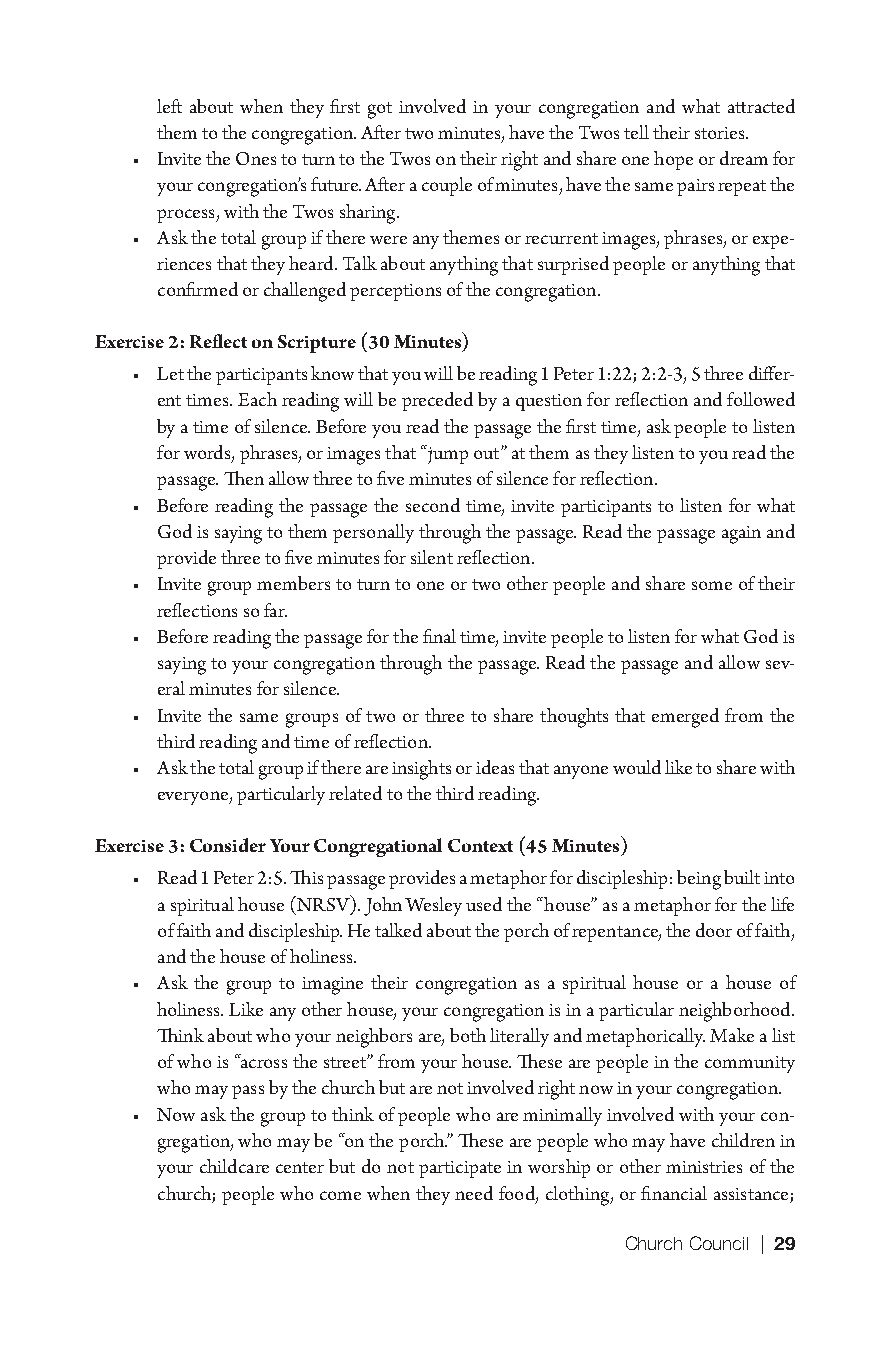
left about when they first got involved in your congregation and what attracted
 them to the congregation. After two minutes, have the Twos tell their stories.
 • Invite the Ones to turn to the Twos on their right and share one hope or dream for
 your congregation’s future. After a couple of minutes, have the same pairs repeat the
 process, with the Twos sharing.
 • Ask the total group if there were any themes or recurrent images, phrases, or expe-
 riences that they heard. Talk about anything that surprised people or anything that
 confirmed or challenged perceptions of the congregation.
 Exercise 2: Reflect on Scripture (30 Minutes)
 • Let the participants know that you will be reading 1 Peter 1:22; 2:2-3, 5 three differ-
 ent times. Each reading will be preceded by a question for reflection and followed
 by a time of silence. Before you read the passage the first time, ask people to listen
 for words, phrases, or images that “jump out” at them as they listen to you read the
 passage. Then allow three to five minutes of silence for reflection.
 • Before reading the passage the second time, invite participants to listen for what
 God is saying to them personally through the passage. Read the passage again and
 provide three to five minutes for silent reflection.
 • Invite group members to turn to one or two other people and share some of their
 reflections so far.
 • Before reading the passage for the final time, invite people to listen for what God is
 saying to your congregation through the passage. Read the passage and allow sev-
 eral minutes for silence.
 • Invite the same groups of two or three to share thoughts that emerged from the
 third reading and time of reflection.
 • Ask the total group if there are insights or ideas that anyone would like to share with
 everyone, particularly related to the third reading.
 Exercise 3: Consider Your Congregational Context (45 Minutes)
 • Read 1 Peter 2:5. This passage provides a metaphor for discipleship: being built into
 a spiritual house (NRSV). John Wesley used the “house” as a metaphor for the life
 of faith and discipleship. He talked about the porch of repentance, the door of faith,
 and the house of holiness.
 • Ask the group to imagine their congregation as a spiritual house or a house of
 holiness. Like any other house, your congregation is in a particular neighborhood.
 Think about who your neighbors are, both literally and metaphorically. Make a list
 of who is “across the street” from your house. These are people in the community
 who may pass by the church but are not involved right now in your congregation.
 • Now ask the group to think of people who are minimally involved with your con-
 gregation, who may be “on the porch.” These are people who may have children in
 your childcare center but do not participate in worship or other ministries of the
 church; people who come when they need food, clothing, or financial assistance;
 Church Council | 29
 9781501830303_INT_layout.indd 29                    8/8/16 9:37 AM